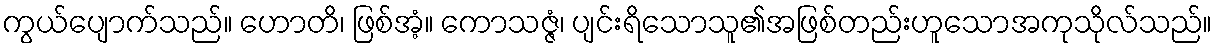
ကွယ်ပျောက်သည်။ ဟောတိ၊ ဖြစ်အံ့။ ကောသဇ္ဇံ၊ ပျင်းရိသောသူ၏အဖြစ်တည်းဟူသောအကုသိုလ်သည်။